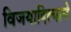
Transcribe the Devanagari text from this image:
विजयादित्याने